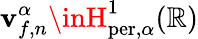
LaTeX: \mathbf{v}_{f,n}^{\alpha}\inH_{\mathrm{{per}},\alpha}^{1}(\mathbb{{R}})